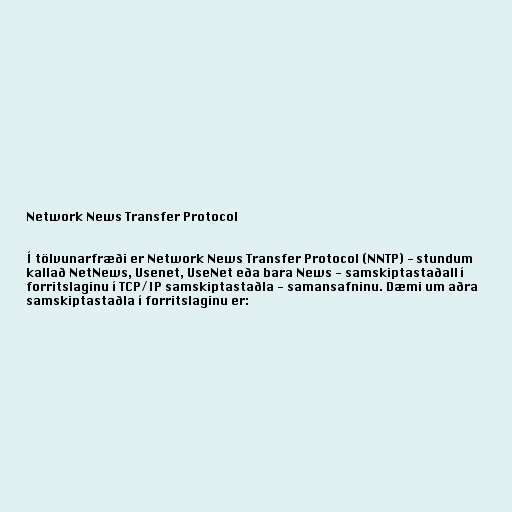
Network News Transfer Protocol

Í tölvunarfræði er Network News Transfer Protocol (NNTP) - stundum
kallað NetNews, Usenet, UseNet eða bara News - samskiptastaðall í
forritslaginu í TCP/IP samskiptastaðla - samansafninu. Dæmi um aðra
samskiptastaðla í forritslaginu er: